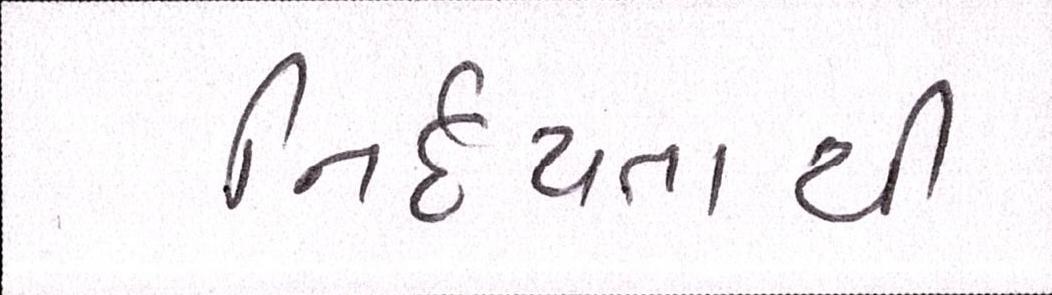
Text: નિર્દયતાથી